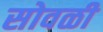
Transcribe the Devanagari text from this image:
सोवळी